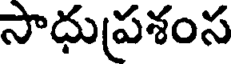
సాధుప్రశంస